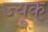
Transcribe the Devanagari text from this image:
ज्युक